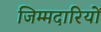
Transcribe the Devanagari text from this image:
जिम्मदारियों